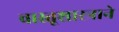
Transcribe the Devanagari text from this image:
वास्तूशास्त्राने